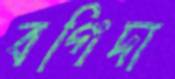
বগিদা